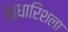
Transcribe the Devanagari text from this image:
आधारिशला